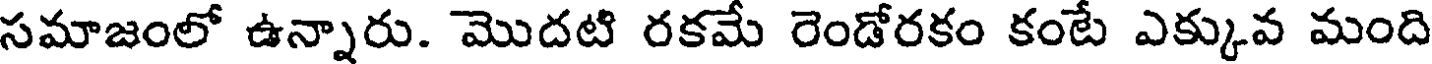
సమాజంలో ఉన్నారు. మొదటి రకమే రెండోరకం కంటే ఎక్కువ మంది